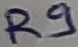
Text: R9